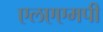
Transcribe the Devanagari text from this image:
एलएएमपी